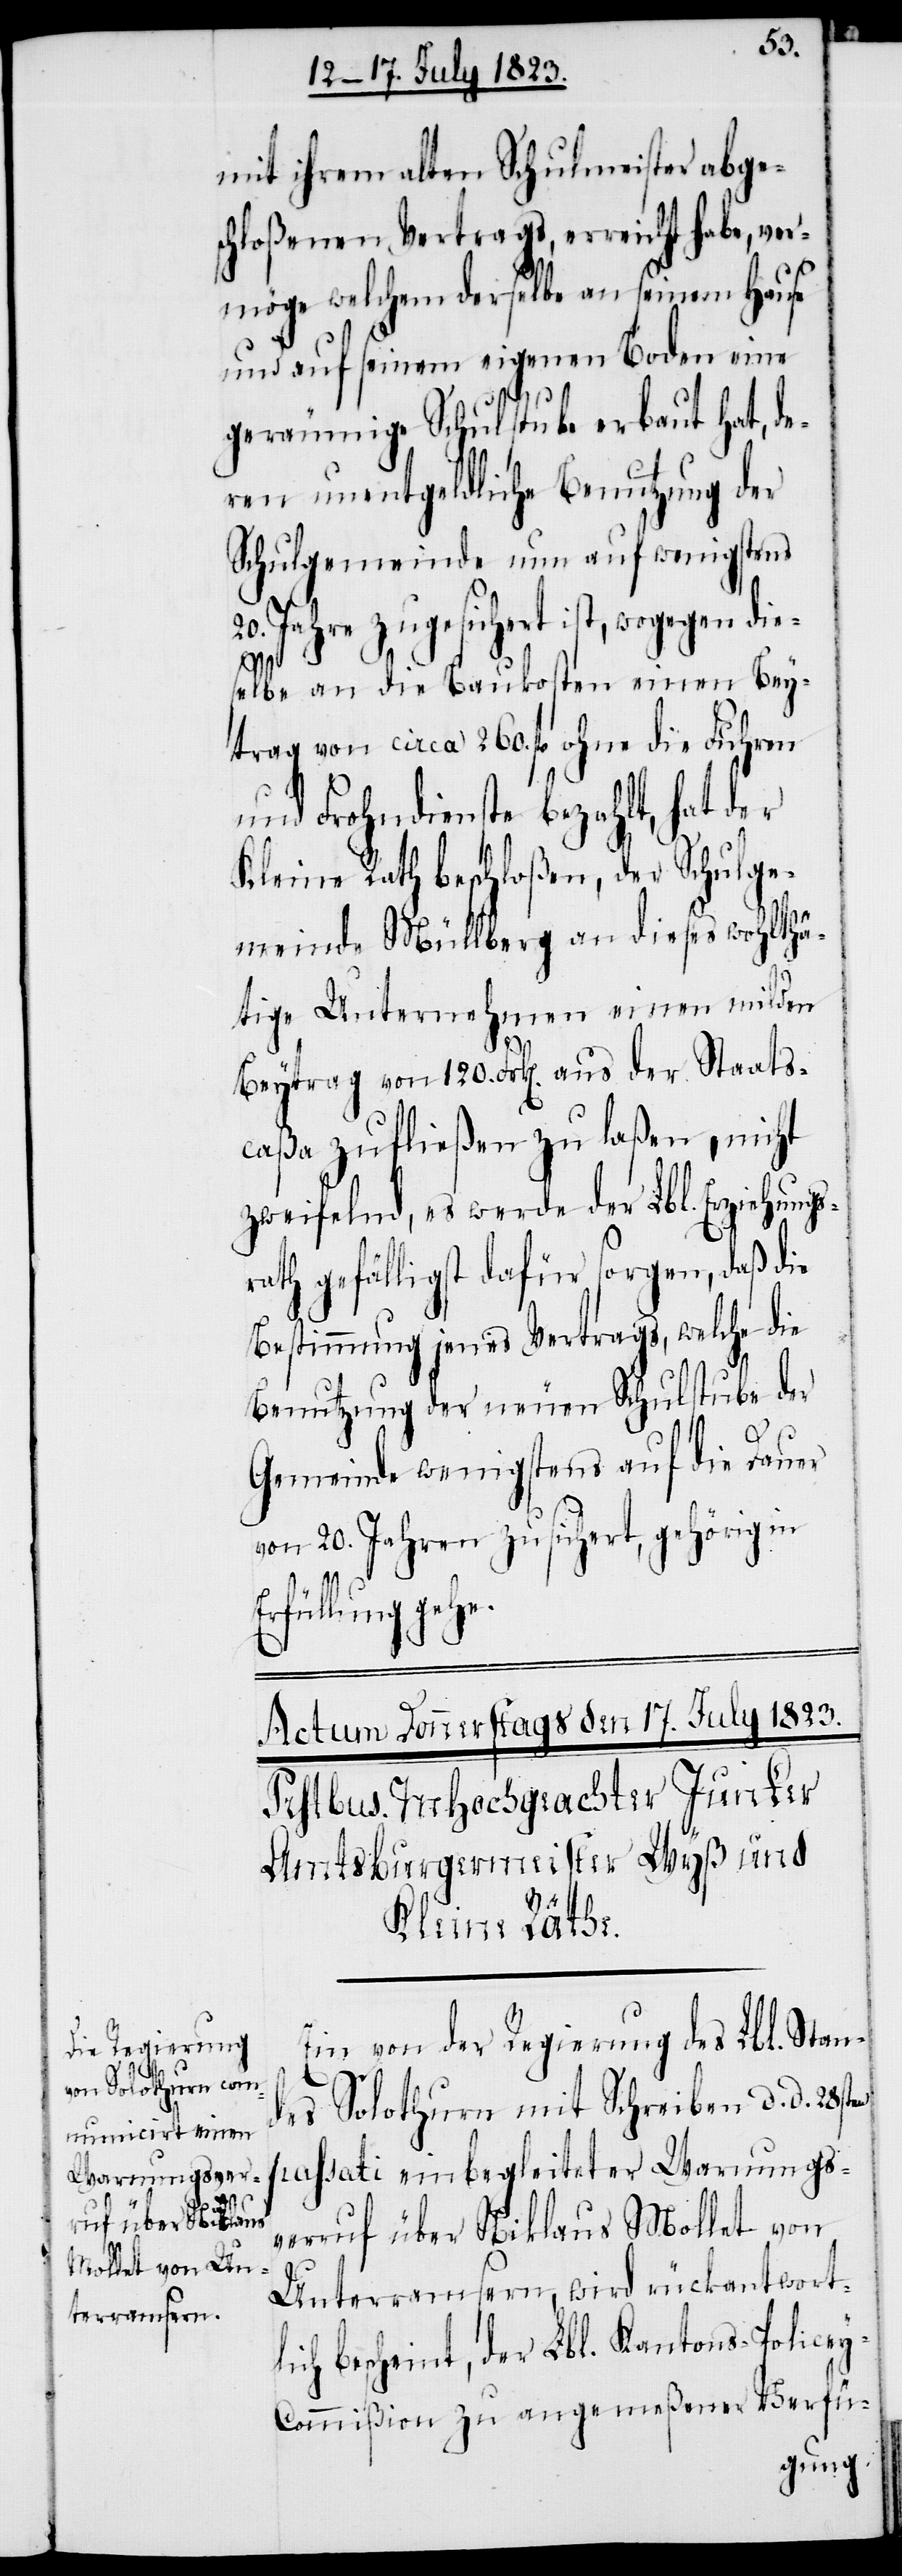
ruf über Niklaus
Mollet von U¬

mit ihrem alten Schulmeister abge¬
schloßenen Vertrags, erreicht habe, ver¬
möge welchem derselbe an seinem Hause
und auf seinem eigenen Boden eine
geräumige Schulstube erbaut hat, de¬
ren unentgeldliche Benutzung der
Schulgemeinde nun auf wenigstens
20. Jahre zugesichert ist, wogegen die¬
selbe an die Baukosten einen Bey¬
trag von circa 260. fl ohne die Fuhren
und Frohndienste bezahlt, hat der
Kleine Rath beschloßen, der Schulge¬
meinde Müllberg an dieses wohlthä¬
tige Unternehmen einen milden
Beytrag von 120. Frk[en]. aus der Staats¬
caßa zufließen zu laßen, nicht
zweifelnd, es werde der Lbl. Erziehungs¬
rath gefälligst dafür sorgen, daß die
Bestimmung jenes Vertrags, welche die
Benutzung der neuen Schulstube der
Gemeinde wenigstens auf die Dauer
von 20. Jahren zusichert, gehörig in
Erfüllung gehe.
Ein von der Regierung des Lbl. Stan¬
des Solothurn mit Schreiben d. d. 28st¬
passati einbegleiteter Warnungsver¬
en
nterramsern, wird rückantwort¬
lich bescheint, der Lbl. Kantons-Police¬
y-Commißion zu angemeßener Verfü-